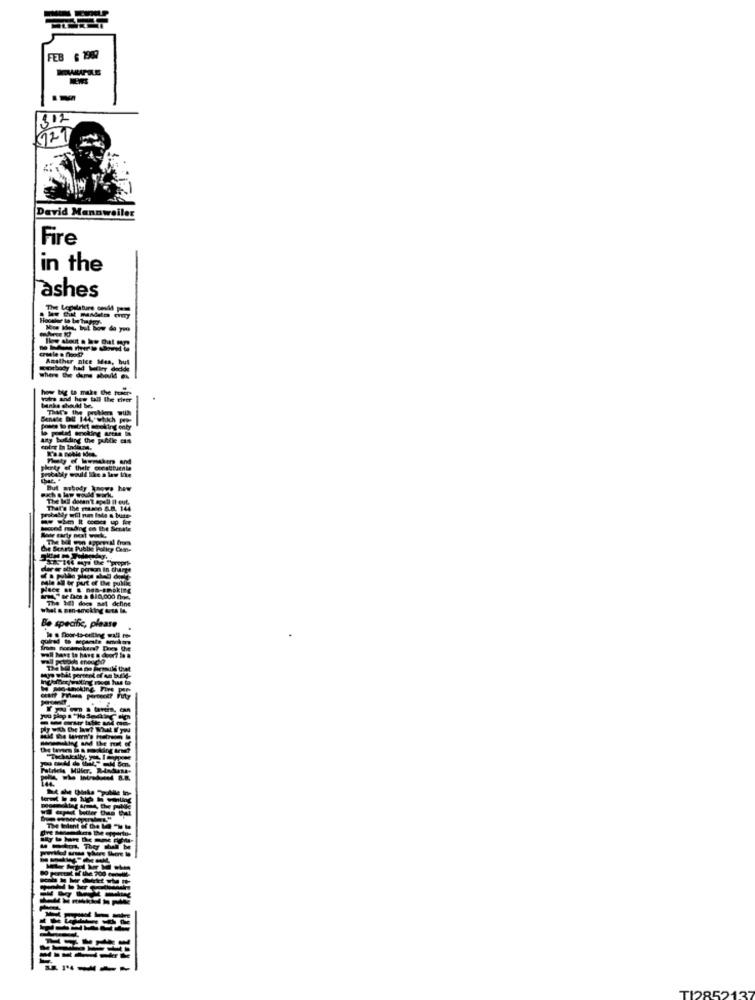
FEB 6 1989
1302
127
David Mannweiler
Fire
in the
ashes
cruele . hood?
ARather nice Mes, but
sortbody had Wifter dadde
how big to make the power-
voir and hoe tall the tiver
Links should be.
That's the problems With
Senate DU 144, which pro-
Anty budding the jufdie cs
their
TI2852137